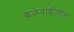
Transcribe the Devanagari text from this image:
केळेवाडीतील